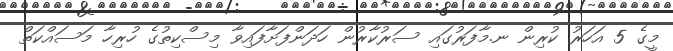
މީގެ 5 އަހަރު ކުރިން ނ.މާފަރުގައި ސަރުކާރުން ހަދަންފަށާފައިވާ މިސްކިތުގެ ހުރިހާ މަސައްކަތް